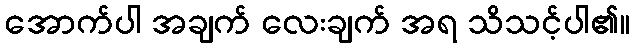
အောက်ပါ အချက် လေးချက် အရ သိသင့်ပါ၏။